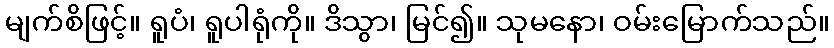
မျက်စိဖြင့်။ ရူပံ၊ ရူပါရုံကို။ ဒိသွာ၊ မြင်၍။ သုမနော၊ ဝမ်းမြောက်သည်။